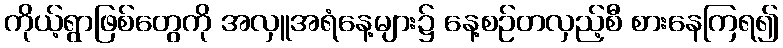
ကိုယ့်ရွာဖြစ်တွေကို အလှူအရံနေ့များ၌ နေ့စဉ်တလှည့်စီ စားနေကြရ၍